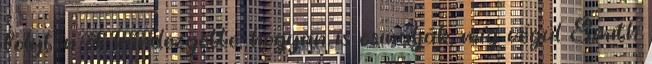
folyton őt kérdezgette, hogyan is csinálják, míg végül Smith